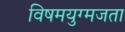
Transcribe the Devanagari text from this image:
विषमयुग्मजता